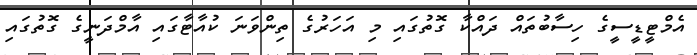
އެމްޓީޑީސީގެ ހިސާބުތައް ދައްކާ ގޮތުގައި މި އަހަރުގެ ތިންވަނަ ކުއާޓާގައި އާމްދަނީގެ ގޮތުގައި